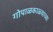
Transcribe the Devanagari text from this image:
गोपाळकाळ्याच्या